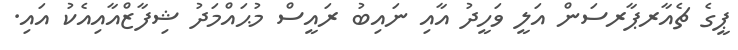
ޕީގެ ޗެއާރޕާރސަން އަލީ ވަހީދު އާއި ނައިބު ރައީސް މުޙައްމަދު ޝިފާޒްއާއިއެކު އައި.